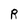
Character: R